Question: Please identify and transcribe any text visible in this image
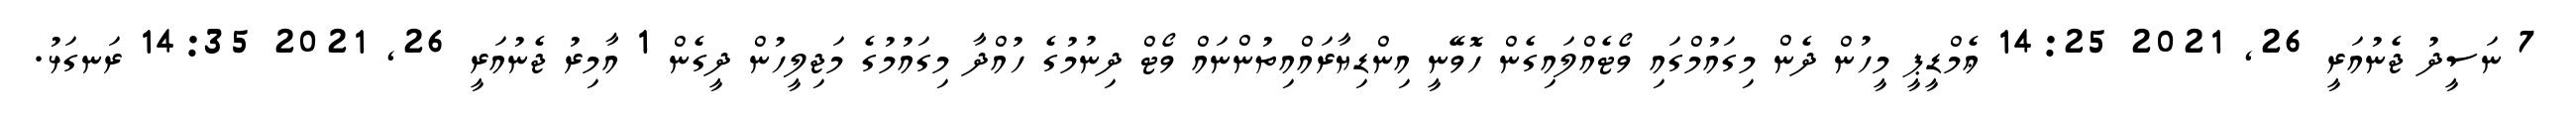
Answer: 7 ނަސީދު ޖެނުއަރީ 26, 2021 14:25 ޢެމްޑީޕީ މީހުން ދެން މިގައުމްގައި ވޯޓެއްލައިގެން ހޮވޭނީ އިންޑިޔާރައްއިތުންނައް ވޯޓް ދިނުމުގެ ހުއްދާ މިގައުމުގެ މަޖިލީހުން ދީގެން 1 އާމިރު ޖެނުއަރީ 26, 2021 14:35 ރަނގަޅު.